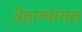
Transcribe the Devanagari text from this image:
वेदान्थांगल